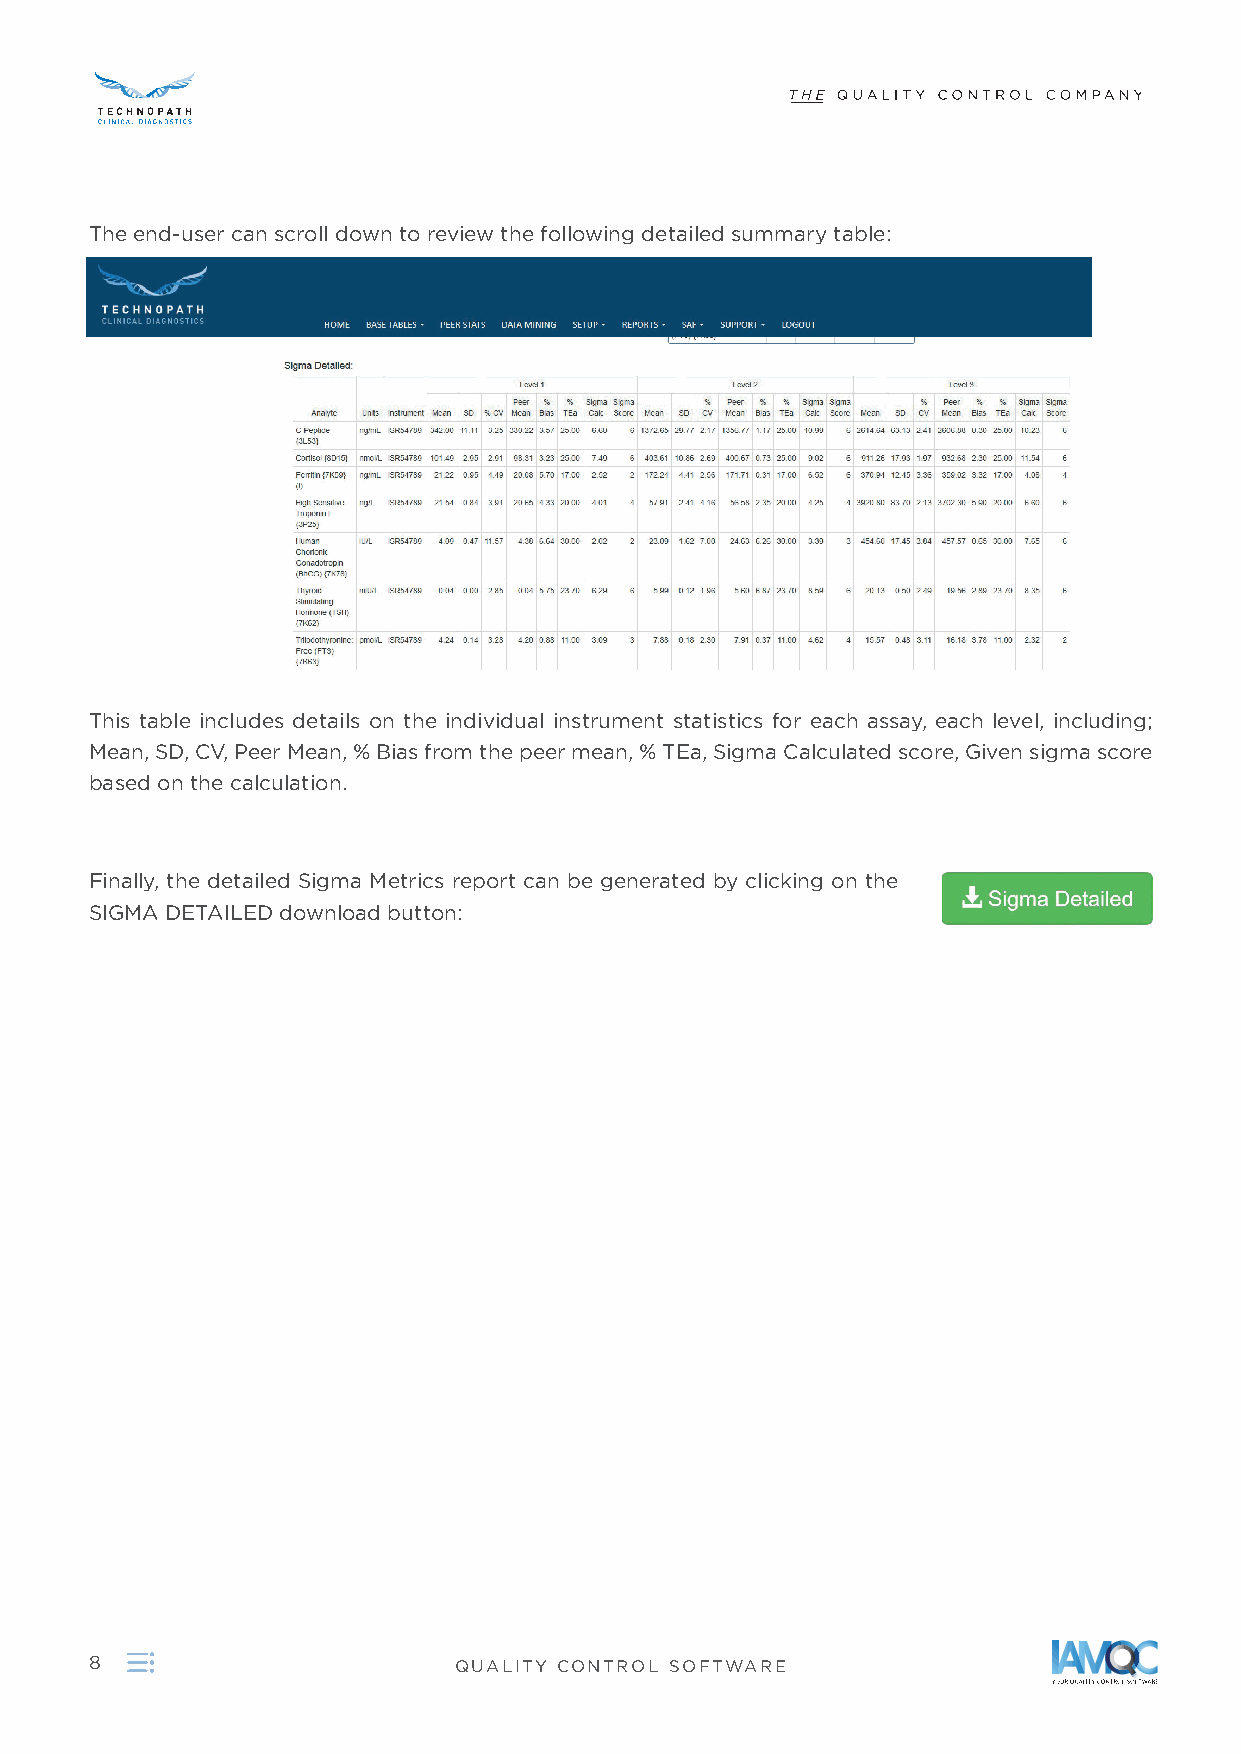
The end-user can scroll down to review the following detailed summary table:
 This table includes details on the individual instrument statistics for each assay, each level, including;
 Mean, SD, CV, Peer Mean, % Bias from the peer mean, % TEa, Sigma Calculated score, Given sigma score
 based on the calculation .
 Finally, the detailed Sigma Metrics report can be generated by clicking on the
 SIGMA DETAILED download button:
 8                       QUALITY CONTROL SOFTWARE